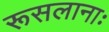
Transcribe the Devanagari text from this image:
रूसलानाः